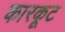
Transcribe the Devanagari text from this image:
कारकूट